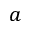
a